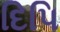
દિપિ